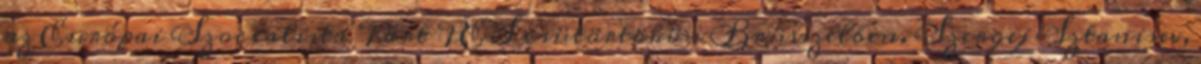
az Európai Szocialista Párt PES csütörtökön Brüsszelben. Szergej Sztanisev,